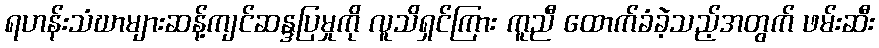
ရဟန်းသံဃာများဆန့်ကျင်ဆန္ဒပြမှုကို လူသိရှင်ကြား ကူညီ ထောက်ခံခဲ့သည့်အတွက် ဖမ်းဆီး